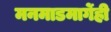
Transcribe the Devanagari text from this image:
मनमाडमार्गेही